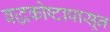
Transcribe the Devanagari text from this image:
बद्धकोष्टापासून